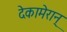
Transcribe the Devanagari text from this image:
देकामेरान्